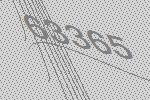
63365